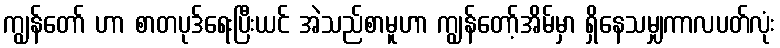
ကျွန်တော် ဟာ စာတပုဒ်ရေးပြီးယင် အဲသည်စာမူဟာ ကျွန်တော့်အိမ်မှာ ရှိနေသမျှကာလပတ်လုံး